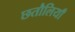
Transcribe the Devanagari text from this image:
छतौलियाँ